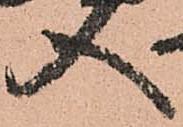
入